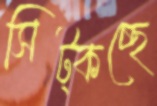
সিট্‌কচ্ছে